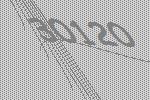
30120